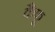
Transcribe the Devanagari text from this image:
कैफू